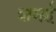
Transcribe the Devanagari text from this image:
शमर्ह